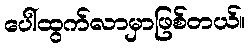
ပေါ်ထွက်လာမှာဖြစ်တယ်။